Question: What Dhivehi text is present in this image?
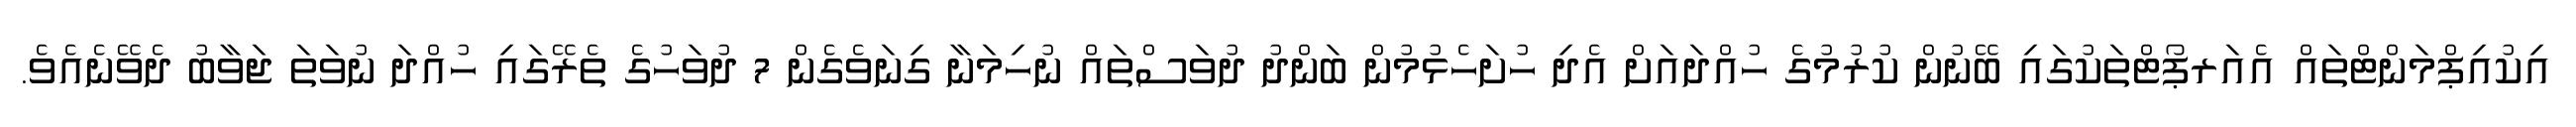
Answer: އިކުއިޕްމަންޓްތައް އެއަރޕޯޓްތަކުގައި ބޭނުން ކުރުމުގެ ހުއްދައަށް އެދި ހުށަހެޅުމުން ބަންދު ދުވަސްތައް ނުހިމަނާ ގިނަވެގެން 7 ދުވަހުގެ ތެރޭގައި ހުއްދަ ނުވަތަ ޖަވާބު ދެވޭނެއެވެ.